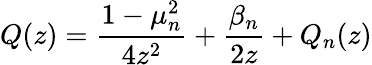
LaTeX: Q(z)=\frac{1-\mu_{n}^{2}}{4z^{2}}+\frac{\beta_{n}}{2z}+Q_{n}(z)